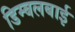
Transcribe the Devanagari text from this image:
डिम्बलबाई